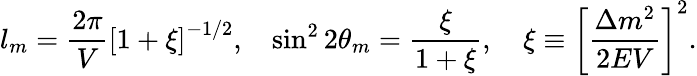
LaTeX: l_{m}=\frac{2\pi}{V}\left[1+\xi\right]^{-1/2},~~~\sin^{2}2\theta_{m}=\frac{\xi}{1+\xi},~~~~\xi\equiv\left[\frac{\Delta m^{2}}{2EV}\right]^{2}.